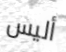
أليس